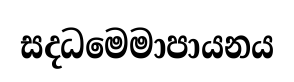
සදධමෙමාපායනය